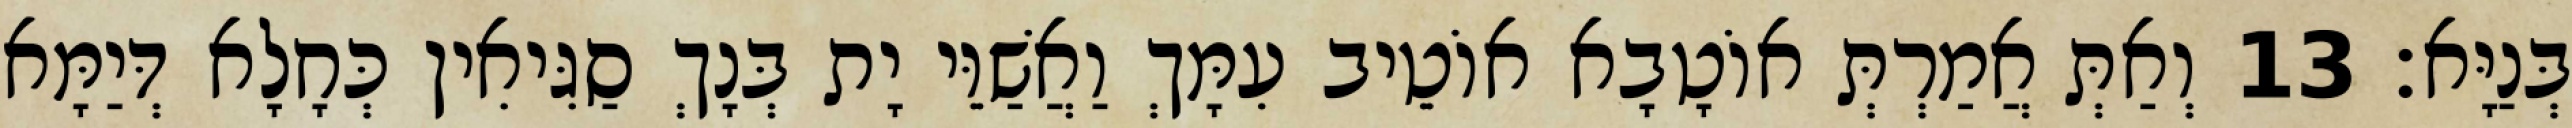
בְּנַיָּא׃ 13 וְאַתְּ אֲמַרְתְּ אוֹטָבָא אוֹטֵיב עִמָּךְ וַאֲשַׁוֵּי יָת בְּנָךְ סַגִּיאִין כְּחָלָא דְּיַמָּא